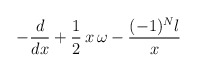
\begin{align*}-\frac{d}{dx} + \frac{1}{2}\,x\,\omega - \frac{(-1)^N l}{x}\end{align*}